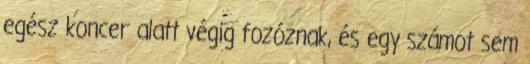
egész koncer alatt végig fozóznak, és egy számot sem